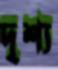
দৃশ্য